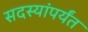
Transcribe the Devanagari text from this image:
सदस्यांपर्यंत